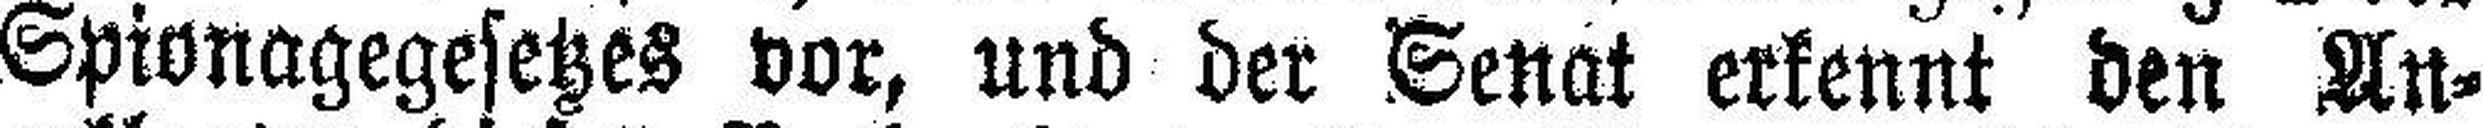
Spionagegesetzes vor, und der Senat erkennt den An¬